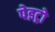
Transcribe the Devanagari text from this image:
पेइट्रो